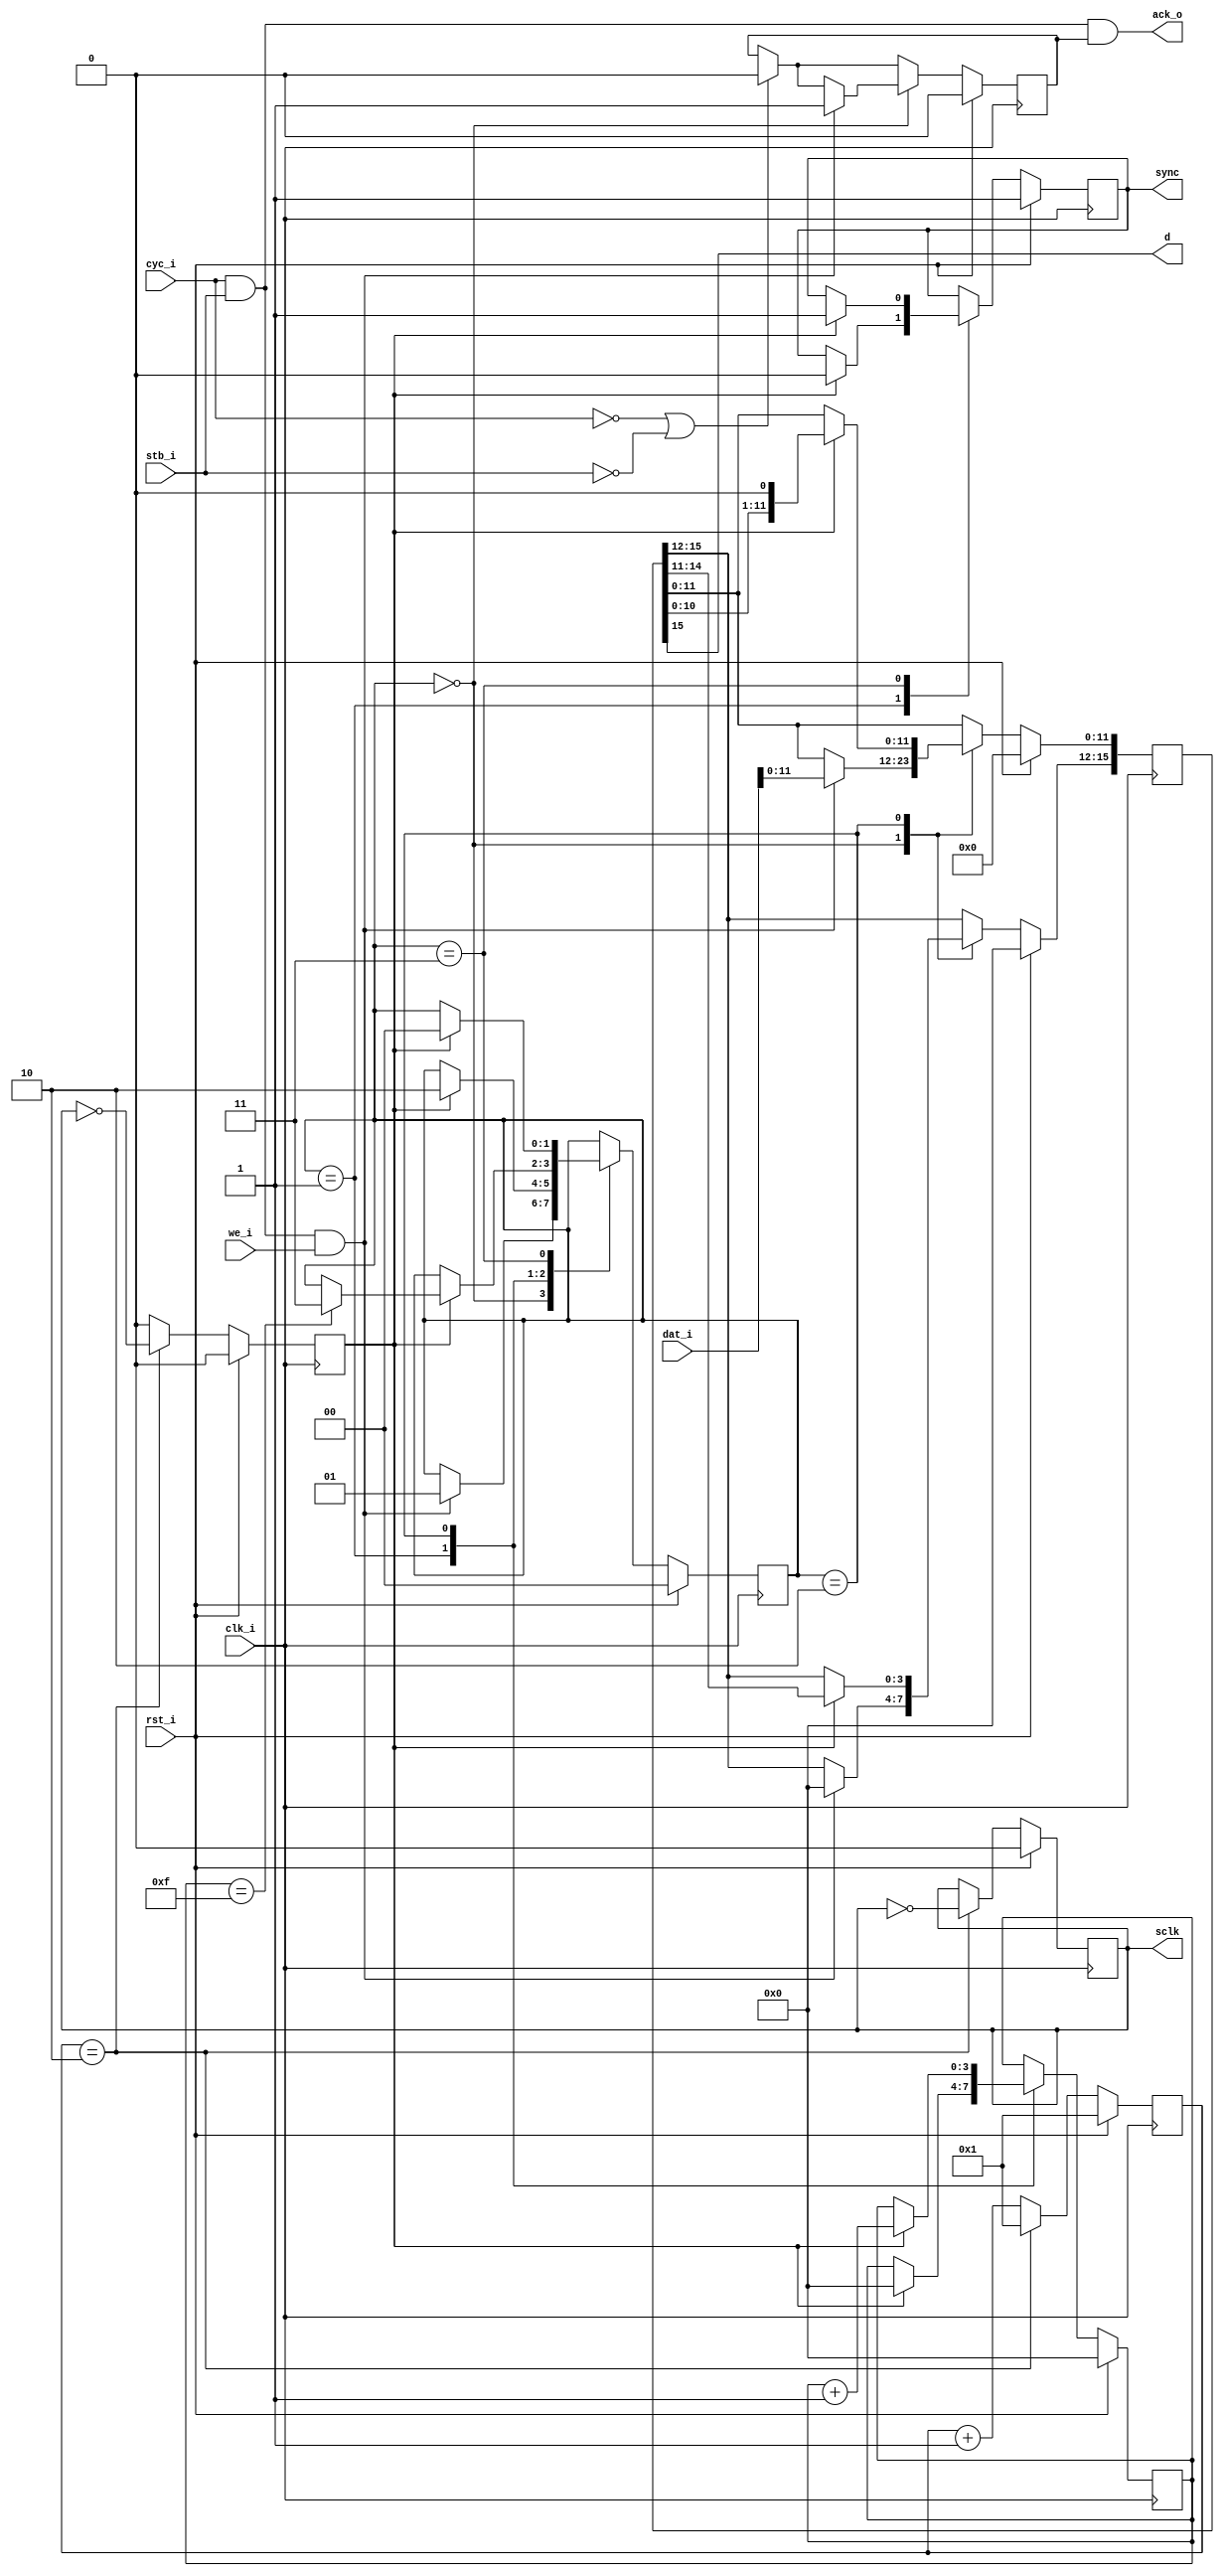
//=============================================================================
//  dac121s101
//  - DAC (digital to analogue) converter interface core
//
//
//	2010 Robert T Finch
//	robfinch<remove>@FPGAfield.ca
//
//
//	This source code is available only for veiwing, testing and evaluation
//	purposes. Any commercial use requires a license. This copyright
//	statement and disclaimer must remain present in the file.
//
//
//	NO WARRANTY.
//  THIS Work, IS PROVIDEDED "AS IS" WITH NO WARRANTIES OF ANY KIND, WHETHER
//	EXPRESS OR IMPLIED. The user must assume the entire risk of using the
//	Work.
//
//	IN NO EVENT SHALL THE AUTHOR OR CONTRIBUTORS BE LIABLE FOR ANY
//  INCIDENTAL, CONSEQUENTIAL, OR PUNITIVE DAMAGES WHATSOEVER RELATING TO
//  THE USE OF THIS WORK, OR YOUR RELATIONSHIP WITH THE AUTHOR.
//
//	IN ADDITION, IN NO EVENT DOES THE AUTHOR AUTHORIZE YOU TO USE THE WORK
//	IN APPLICATIONS OR SYSTEMS WHERE THE WORK'S FAILURE TO PERFORM CAN
//	REASONABLY BE EXPECTED TO RESULT IN A SIGNIFICANT PHYSICAL INJURY, OR IN
//	LOSS OF LIFE. ANY SUCH USE BY YOU IS ENTIRELY AT YOUR OWN RISK, AND YOU
//	AGREE TO HOLD THE AUTHOR AND CONTRIBUTORS HARMLESS FROM ANY CLAIMS OR
//	LOSSES RELATING TO SUCH UNAUTHORIZED USE.
//
//
//  Webpack 9.2i xc3s1200e 4fg320
//  38 slices / 71 LUTs / 183.824 MHz
//  36 ff's
//
//=============================================================================

module dac121s101(rst_i, clk_i, cyc_i, stb_i, ack_o, we_i, dat_i, sclk, sync, d);
parameter pClkFreq=60000000;
parameter pPrescale=pClkFreq/50000000 + 1;	//2x freq
// states
parameter IDLE=4'd0;
parameter LOAD=4'd1;
parameter SHIFT=4'd2;
parameter TERM=4'd3;

// SYSCON
input rst_i;
input clk_i;

input cyc_i;
input stb_i;
input we_i;
output ack_o;
input [15:0] dat_i;

output sclk;
output sync;
output d;

// Registered outputs
reg sclk;
reg sync;

reg [1:0] state;
reg pe_sclk;
reg [7:0] ps_cnt;	// prescale counter
reg [3:0] cnt;		// shift bit counter
reg [15:0] dd;
reg ack;

assign ack_o = cyc_i & stb_i & ack;


// Prescale the system clock
// The DAC has a max clock frequency of 30MHz.
//
always @(posedge clk_i)
if (rst_i) begin
	ps_cnt <= 8'd1;
	sclk <= 1'b0;
	pe_sclk <= 1'b0;
end
else begin
	pe_sclk <= 1'b0;
	if (ps_cnt==pPrescale) begin
		ps_cnt <= 8'd1;
		sclk <= !sclk;
		pe_sclk <= sclk==1'b0;
	end
	else
		ps_cnt <= ps_cnt + 8'd1;
end


always @(posedge clk_i)
if (rst_i) begin
	ack <= 1'b0;
	sync <= 1'b1;
	dd <= 16'h0000;
	cnt <= 4'd0;
	state <= IDLE;
end
else begin

	if (!cyc_i || !stb_i)
		ack <= 1'b0;

	case(state)
	IDLE:
		if (cyc_i & stb_i & we_i) begin
			state <= LOAD;
			dd[11:0] <= dat_i[13:0];
			dd[15:12] <= 4'b0000;
			ack <= 1'b1;
		end
	LOAD:
		if (pe_sclk) begin
			sync <= 1'b0;
			cnt <= 4'd0;
			state <= SHIFT;
		end
	SHIFT:
		if (pe_sclk) begin
			dd <= {dd[14:0],1'b0};
			cnt <= cnt + 4'd1;
			if (cnt==4'd15)
				state <= TERM;
		end
	TERM:
		if (pe_sclk) begin
			sync <= 1'b1;
			state <= IDLE;
		end
	default:
		state <= IDLE;
	endcase
end

assign d = dd[15];

endmodule